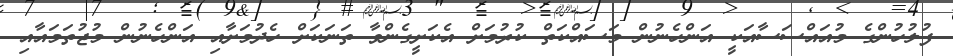
ފުލުހުންގެ މުއައްސަސާއަކީ އަންހެނުން މަސައްކަތް ކުރުމަށް އެކަށީގެންވާ ތަނަކަށް ހެދުމަށާއި އަންހެނުން މުޖުތަމައާއި